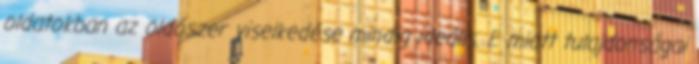
oldatokban az oldószer viselkedése mindig ideális. E miatt tulajdonságai